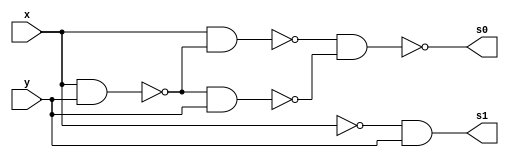
//Guia 03-5 MEIA-DIFERENA
//Nome: Matheus Felipe Silva Evangelista

module meia_diferenca(s0,s1,x,y);
output s0,s1;
input x,y;

wire t1,t2,t3,t4,t5;
//combinao para simular uma xor com portas Nands
nand nand1(t1,x,y);
nand nand2(t2,x,t1);
nand nand3(t3,t1,y);
nand nand4(s0,t2,t3);


//combinao para simular uma not com portas Nands
nand not1(t4,x);

//combinao para fazer uma and com portas Nands
nand nand5(t5,t4,y);
nand nand6(s1,t5);



endmodule

//teste

module teste_meia_diferenca;
reg a,b;
wire s0,s1;

//instancia
meia_diferenca m1(s0,s1,a,b);

//main
initial begin

$display("\n Guia 03-5");
$display("\n Meia diferena com portas Nors");
$display("\n Vout  A - B =              ");
    $monitor("  %b ||%b - %b = %b",s1,a,b,s0);

a=0;b=0;
#1 a=0;b=1;
#1 a=1;b=0;
#1 a=1;b=1;
end
endmodule
//Resultado

/*
	  
     Guia 03-5
    
     Meia diferena com portas Nors
    
     Vout  A - B =              
      0 ||0 - 0 = 0
      1 ||0 - 1 = 1
      0 ||1 - 0 = 1
      0 ||1 - 1 = 0


*/